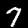
Label: 7